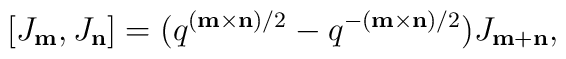
[J_{\bf m},J_{\bf n}]=(q^{({\bf m}\times{\bf n})/2}-q^{-({\bf m}\times{\bf n})/2})J_{{\bf m}+{\bf n}},